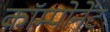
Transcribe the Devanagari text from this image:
काॅम्पोनेंट